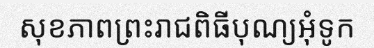
សុខភាពព្រះរាជពិធីបុណ្យអុំទូក